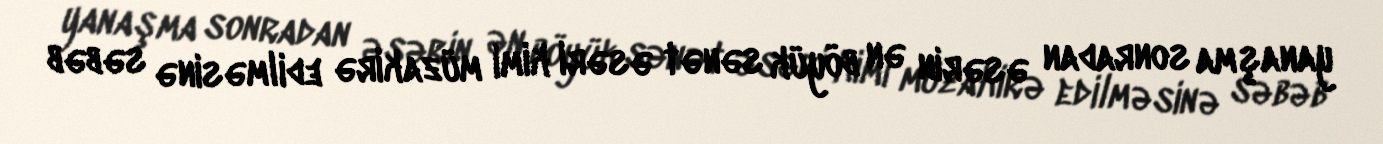
yanaşma sonradan əsərin ən böyük sənət əsəri kimi müzakirə edilməsinə səbəb